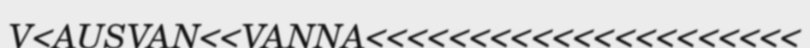
V<AUSVAN<<VANNA<<<<<<<<<<<<<<<<<<<<<